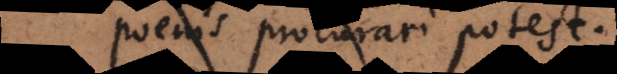
poenisque procurari possit